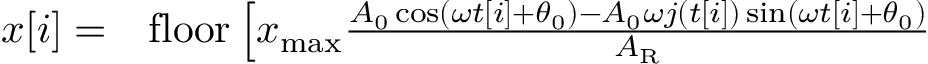
\begin{array} { r l } { x [ i ] = } & { { } \mathrm { f l o o r } \left[ x _ { \mathrm { m a x } } \frac { A _ { 0 } \cos ( \omega t [ i ] + \theta _ { 0 } ) - A _ { 0 } \omega j ( t [ i ] ) \sin ( \omega t [ i ] + \theta _ { 0 } ) } { A _ { \mathrm { R } } } \right. } \end{array}